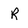
Character: R